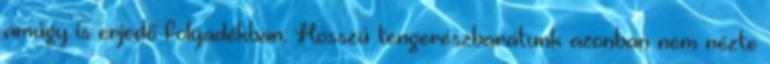
amúgy is erjedő folyadékban. Hosszú tengerészbarátunk azonban nem nézte